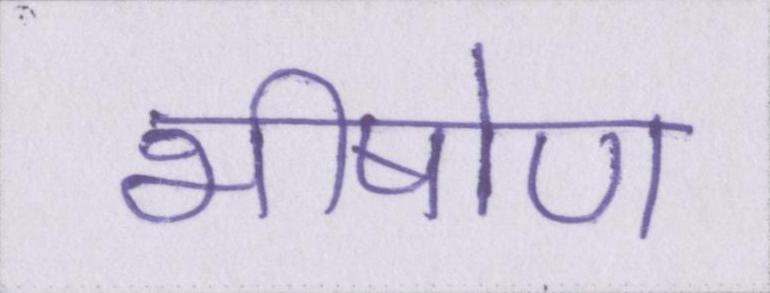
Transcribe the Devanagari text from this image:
भीषोण